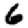
Digit: 6